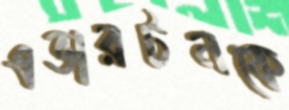
এভারটনকে